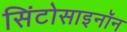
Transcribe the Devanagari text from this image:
सिंटोसाइनॉन